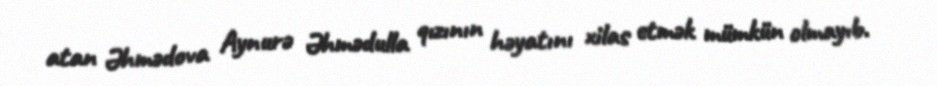
atan Əhmədova Aynurə Əhmədulla qızının həyatını xilas etmək mümkün olmayıb.